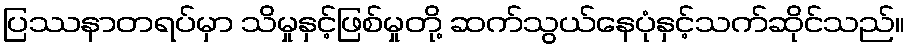
ပြဿနာတရပ်မှာ သိမှုနှင့်ဖြစ်မှုတို့ ဆက်သွယ်နေပုံနှင့်သက်ဆိုင်သည်။